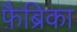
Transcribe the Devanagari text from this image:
फ़ैब्रिका